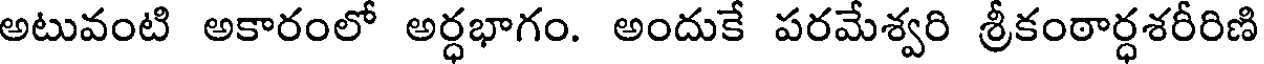
అటువంటి అకారంలో అర్ధభాగం. అందుకే పరమేశ్వరి శ్రీకంఠార్ధశరీరిణి